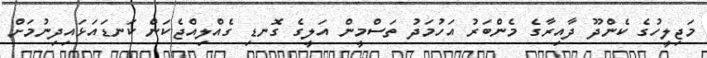
މަޖިލީހުގެ ކެންދޫ ދާއިރާގެ މެންބަރު އަހުމަދު ތަސްމީން އަލީގެ ގޮނޑި ގެއްލިއްޖެކަން ކަނޑައަޅައިދިނުމަށް